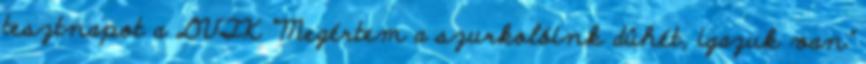
tesztnapot a DVTK “Megértem a szurkolóink dühét, igazuk van”